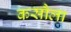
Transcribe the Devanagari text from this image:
कसौला